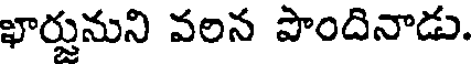
ఖార్తునుని వలన పొందినాడు.